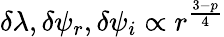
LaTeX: \delta\lambda,\delta\psi_{r},\delta\psi_{i}\propto r^{\frac{3-p}{4}}